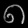
Digit: ၈